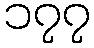
၁၇၇